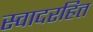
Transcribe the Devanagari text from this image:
स्वादरहित